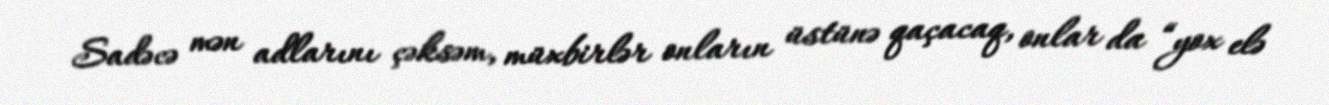
Sadəcə mən adlarını çəksəm, müxbirlər onların üstünə qaçacaq, onlar da “yox elə